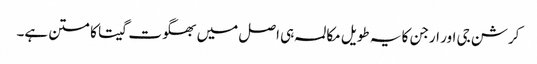
کرشن جی اور ارجن کا یہ طویل مکالمہ ہی اصل میں بھگوت گیتا کا متن ہے۔